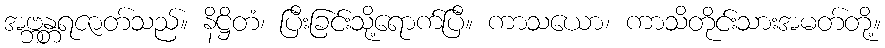
အဗ္ဘန္တရဇာတ်သည်။ နိဋ္ဌိတံ၊ ပြီးခြင်းသို့ရောက်ပြီ။ ကာသယော၊ ကာသိတိုင်းသားအမတ်တို့။